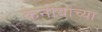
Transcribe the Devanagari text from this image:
केनीयाच्या